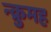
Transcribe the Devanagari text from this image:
न्क्रुमह